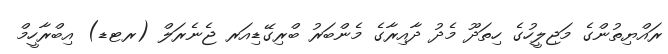
ރައްޔިތުންގެ މަޖިލީހުގެ ހިތަދޫ މެދު ދާއިރާގެ މެންބަރު ބްރިގޭޑިއަރ ޖެނެރަލް (ރޓޑ) އިބްރާހީމް